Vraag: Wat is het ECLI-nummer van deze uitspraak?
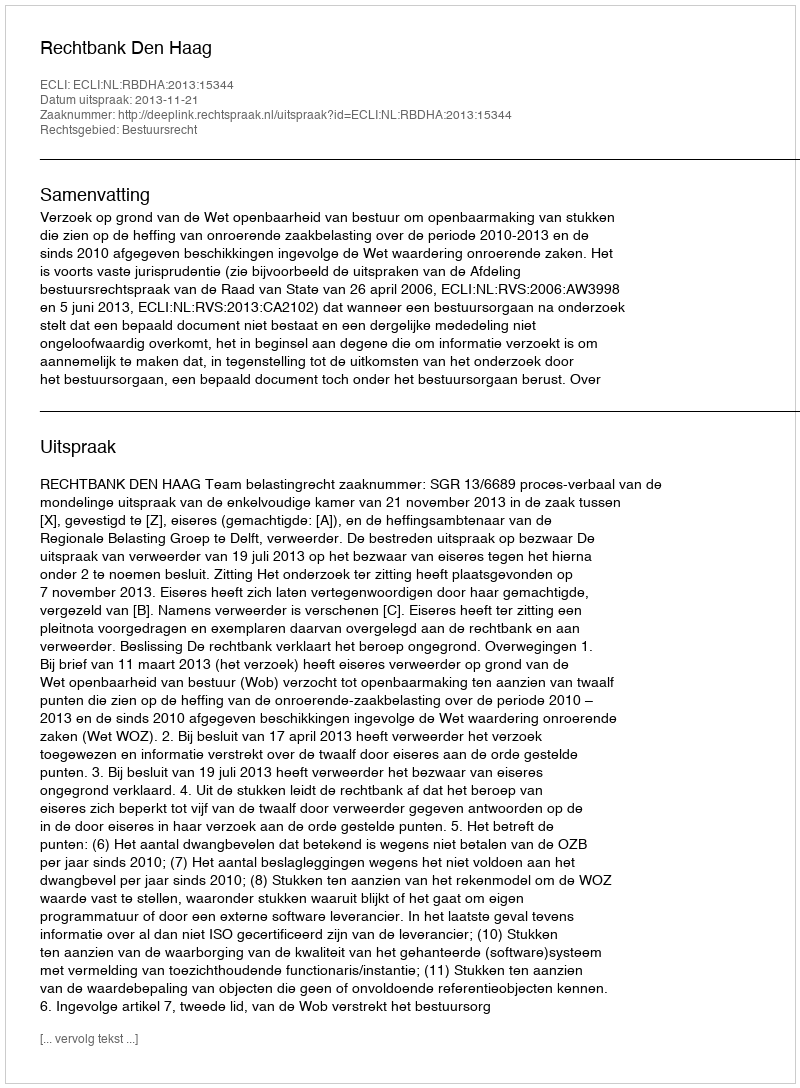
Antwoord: ECLI:NL:RBDHA:2013:15344